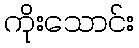
ကိုးသောင်း